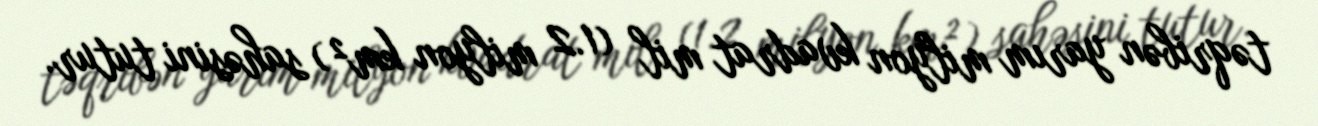
təqribən yarım milyon kvadrat mil (1.2 milyon km²) sahəsini tutur.